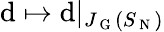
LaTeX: \mathrm{d}\mapsto\mathrm{d}\vert_{J_{\mathrm{{~G~}}}(S_{\mathrm{{~N~}}})}